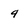
Character: 9